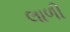
લાળી